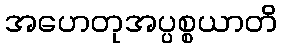
အဟေတုအပ္ပစ္စယာတိ